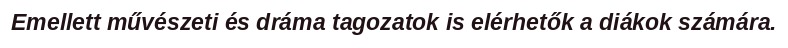
Emellett művészeti és dráma tagozatok is elérhetők a diákok számára.